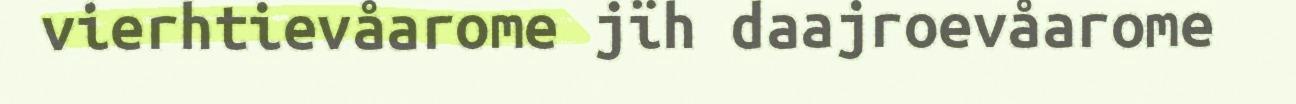
vierhtievåarome jïh daajroevåarome